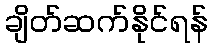
ချိတ်ဆက်နိုင်ရန်